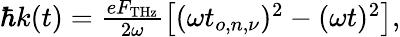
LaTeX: \begin{array}{r}{\hbar k(t)=\frac{eF_{\mathrm{THz}}}{2\omega}\left[(\omega t_{o,n,\nu})^{2}-(\omega t)^{2}\right],}\end{array}